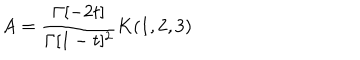
A = \frac { \Gamma [ - 2 t ] } { \Gamma [ 1 - t ] ^ { 2 } } K ( 1 , 2 , 3 )